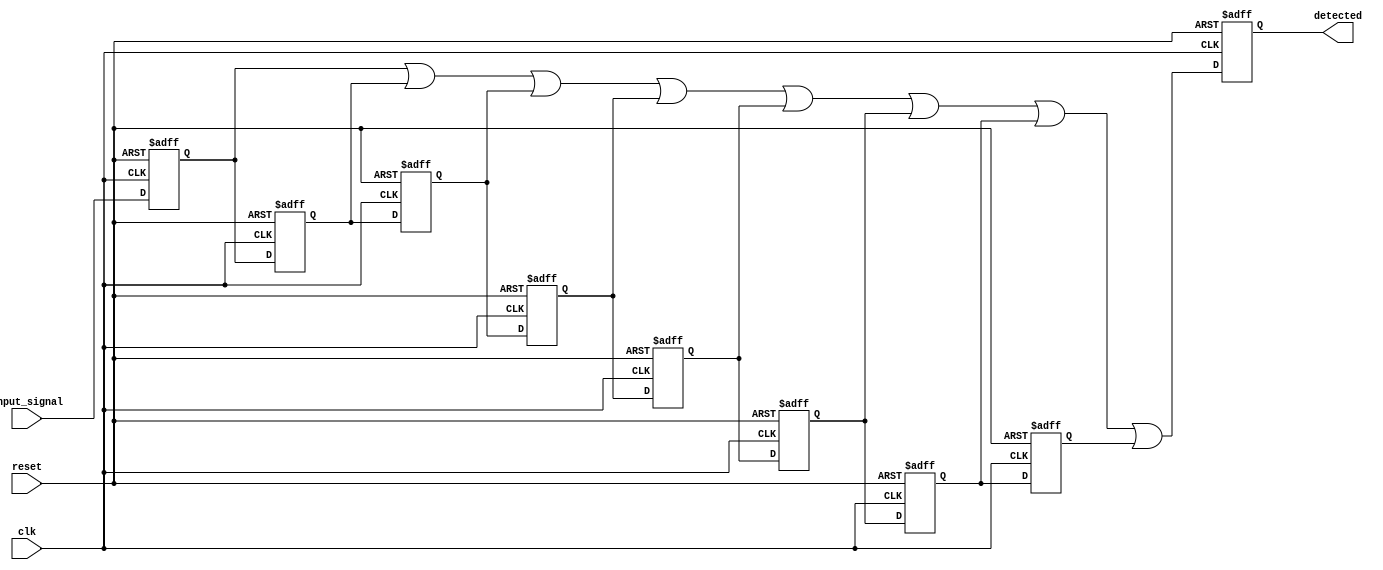
module MemoryBlocksSamplingDelayLineDetector #(
    parameter NUM_BLOCKS = 8,      // Number of memory blocks (delay line length)
    parameter DATA_WIDTH = 1,       // Width of the input data
    parameter THRESHOLD = 1'b1       // Threshold value for detection
)(
    input wire clk,                 // Clock signal
    input wire reset,               // Reset signal
    input wire input_signal,         // Input signal to be monitored
    output reg detected              // Detection output
);

    // Memory blocks (registers) for storing sampled values
    reg [DATA_WIDTH-1:0] memory [0:NUM_BLOCKS-1];

    // Sampling mechanism
    integer i;

    // Always block for sampling the input signal
    always @(posedge clk or posedge reset) begin
        if (reset) begin
            // Clear memory blocks on reset
            for (i = 0; i < NUM_BLOCKS; i = i + 1) begin
                memory[i] <= {DATA_WIDTH{1'b0}};
            end
            detected <= 1'b0; // Reset detection output
        end else begin
            // Shift the stored values in memory blocks
            for (i = NUM_BLOCKS-1; i > 0; i = i - 1) begin
                memory[i] <= memory[i-1];
            end
            // Store the current input signal in the first memory block
            memory[0] <= input_signal;

            // Comparator logic to detect the desired condition
            detected <= (memory[0] == THRESHOLD) || (memory[1] == THRESHOLD) || 
                        (memory[2] == THRESHOLD) || (memory[3] == THRESHOLD) ||
                        (memory[4] == THRESHOLD) || (memory[5] == THRESHOLD) ||
                        (memory[6] == THRESHOLD) || (memory[7] == THRESHOLD);
        end
    end

endmodule